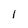
Character: 1